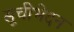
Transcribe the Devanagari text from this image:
सूचीभेदन